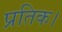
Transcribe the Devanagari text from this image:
प्रतिक।